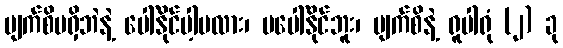
မျက်စိမရှိဘဲနဲ့ ပေါ်နိုင်ပါ့မလား၊ မပေါ်နိုင်ဘူး၊ မျက်စိနဲ့ ရူပါရုံ (၂) ခု